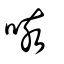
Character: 咳